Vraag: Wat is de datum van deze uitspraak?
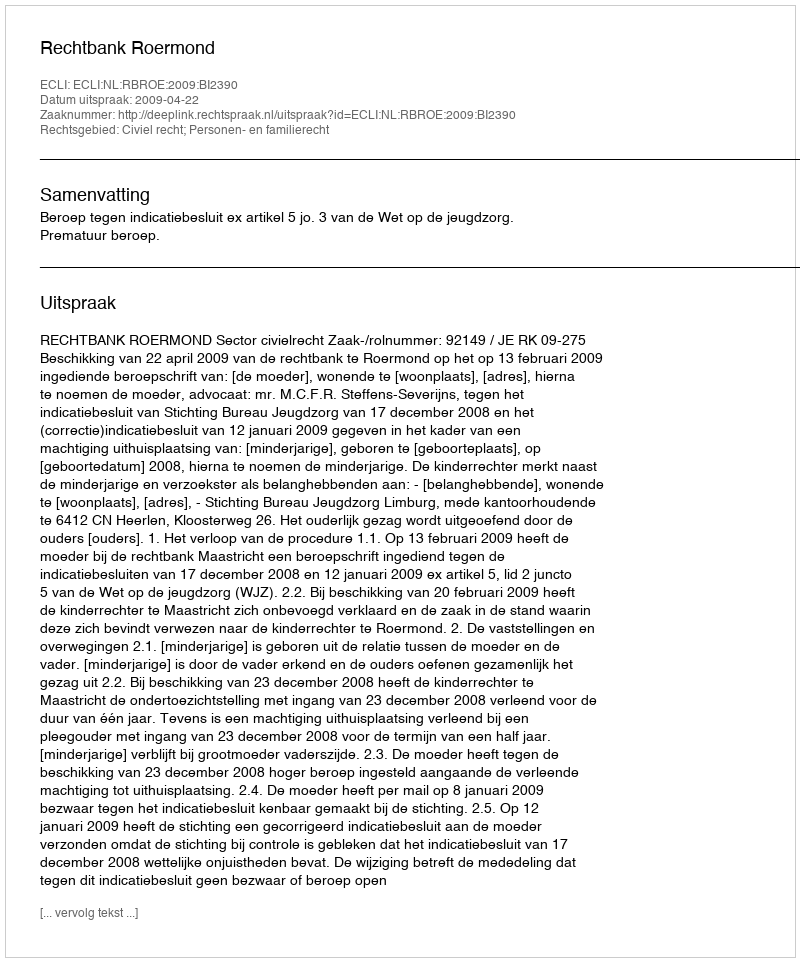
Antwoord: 2009-04-22